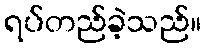
ရပ်တည်ခဲ့သည်။